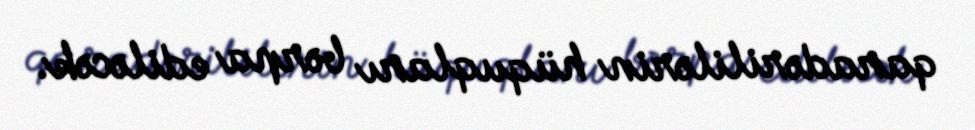
qaradərililərin hüquqları bərpa ediləcək.